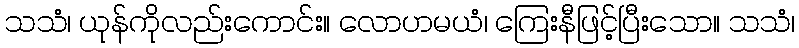
သသံ၊ ယုန်ကိုလည်းကောင်း။ လောဟမယံ၊ ကြေးနီဖြင့်ပြီးသော။ သသံ၊